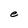
Character: e